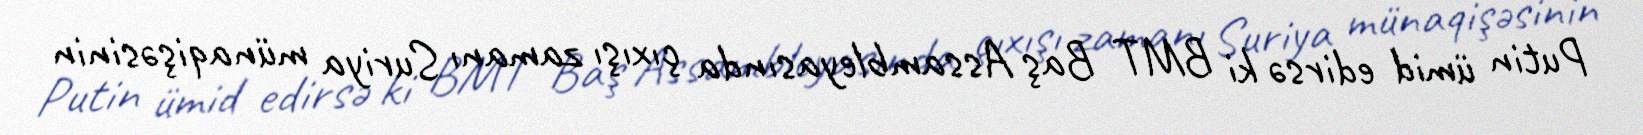
Putin ümid edirsə ki BMT Baş Assambleyasında çıxışı zamanı Suriya münaqişəsinin